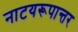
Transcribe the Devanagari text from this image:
नाटयरूपान्तर